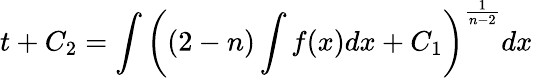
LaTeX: t+C_{2}=\int\left((2-n)\int f(x)dx+C_{1}\right)^{\frac{1}{n-2}}dx